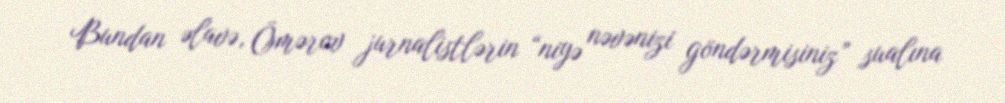
Bundan əlavə, Ömərov jurnalistlərin “niyə nəvənizi göndərmisiniz” sualına